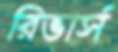
রিভার্স